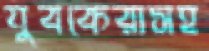
যুবকেরাসহ